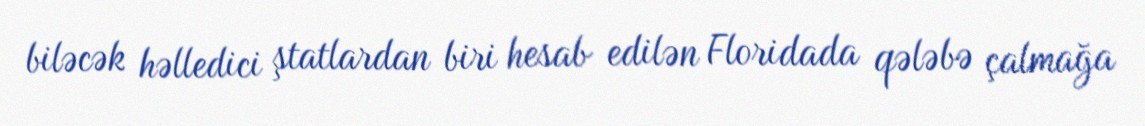
biləcək həlledici ştatlardan biri hesab edilən Floridada qələbə çalmağa